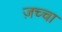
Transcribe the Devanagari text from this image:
ज़च्चा